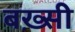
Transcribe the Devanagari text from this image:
बख़्सी